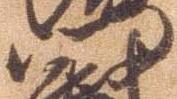
門